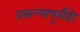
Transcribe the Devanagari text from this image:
प्रकल्पापुर्वीही